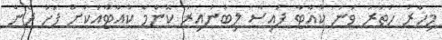
މިހާރު ހަތަރު ވަނަ ކުއާޓާ ފައިސާ ލިބުނުއިރު ކޮންމެ ކުއާޓާއަކަށް ފަހު ދެން